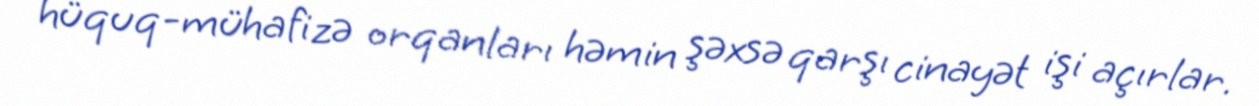
hüquq-mühafizə orqanları həmin şəxsə qarşı cinayət işi açırlar.